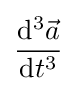
{\frac {\mathrm {d} ^{3}{\vec {a}}}{\mathrm {d} t^{3}}}